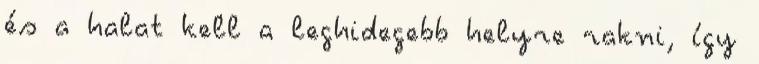
és a halat kell a leghidegebb helyre rakni, így